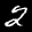
Label: 2